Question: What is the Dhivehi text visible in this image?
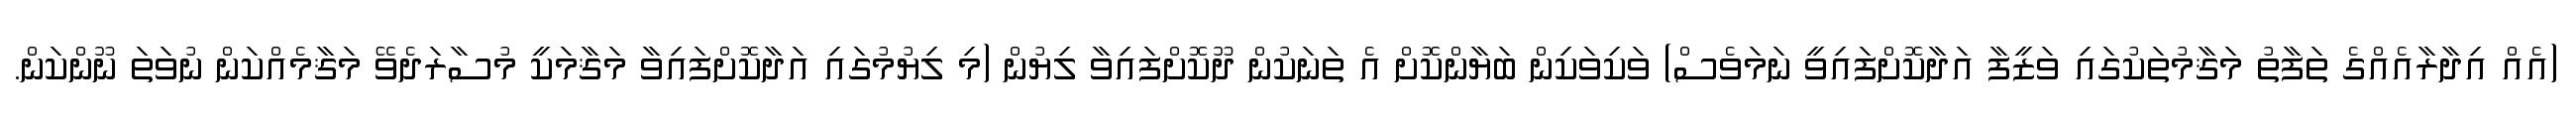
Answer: (އެއް އިދާރާއެއްގެ ތަފާތު މަޤާމުތަކުގައި ވަޒީފާ އަދާކޮށްފައިވީ ނަމަވެސް) ވަކިވަކިން ބަޔާންކޮށް އެ ތަނަކުން ދޫކޮށްފައިވާ ލިޔުން (މި ލިޔުމުގައި އަދާކޮށްފައިވާ މަޤާމަކީ މުސާރަދެވޭ މަޤާމެއްކަން ނުވަތަ ނޫންކަން.